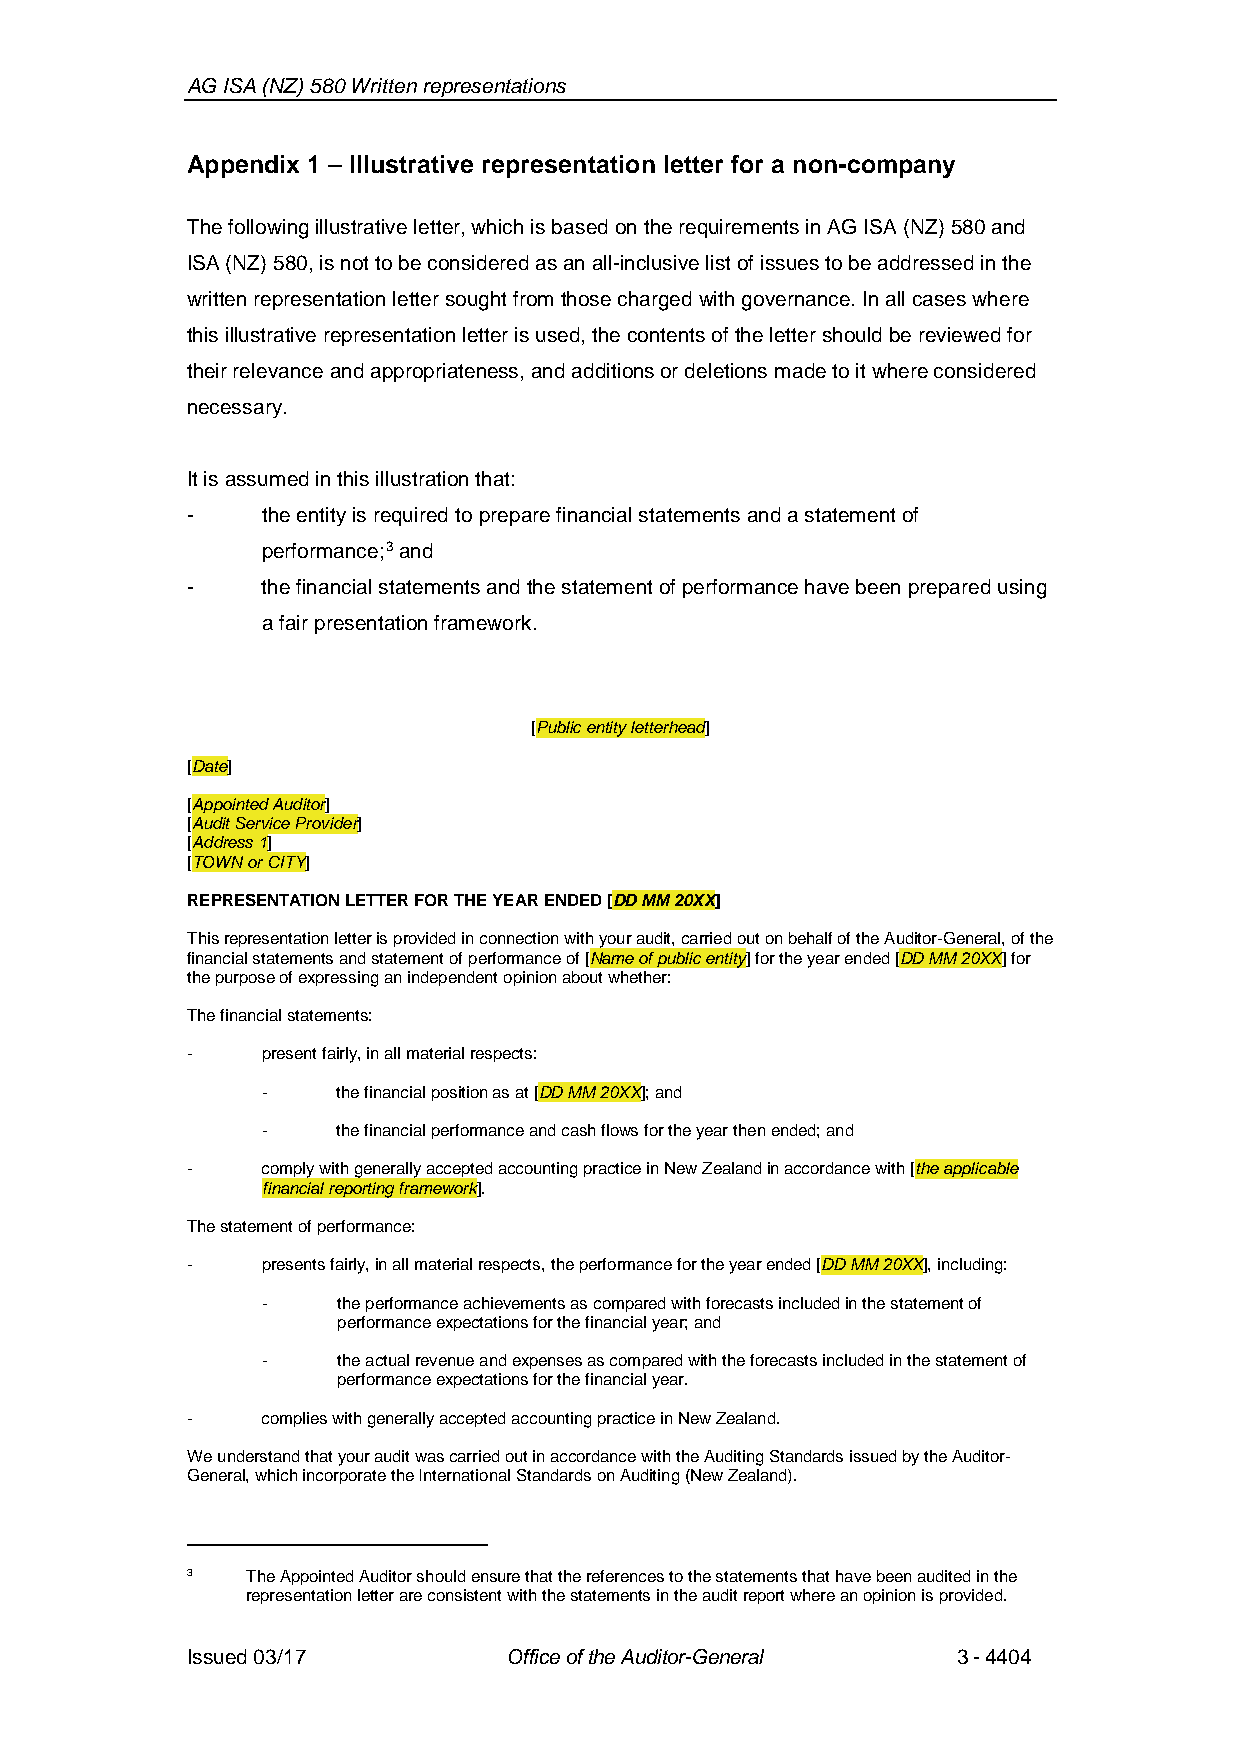
AG ISA (NZ) 580 Written representations
 Appendix 1 – Illustrative representation letter for a non-company
 The following illustrative letter, which is based on the requirements in AG ISA (NZ) 580 and
 ISA (NZ) 580, is not to be considered as an all-inclusive list of issues tobe addressed in the
 written representation letter sought from those charged with governance. In all cases where
 this illustrative representation letter is used, the contents of the letter should be reviewed for
 their relevance and appropriateness, and additions or deletions made to it where considered
 necessary.
 It is assumed in this illustration that:
 -    the entity is required to prepare financial statements and a statement of
 performance;3and
 -    the financial statements and the statement ofperformancehave been prepared using
 a fair presentation framework.
 [Public entity letterhead]
 [Date]
 [Appointed Auditor]
 [Audit Service Provider]
 [Address 1]
 [TOWN or CITY]
 REPRESENTATION LETTER FOR THE YEAR ENDED [DD MM 20XX]
 This representation letter is provided in connection with your audit, carried out on behalf of the Auditor-General, of the
 financial statements and statement of performance of [Name of public entity] for the year ended [DD MM 20XX] for
 the purpose of expressing an independent opinion about whether:
 The financial statements:
 -    present fairly, in all material respects:
 -    thefinancial position as at [DD MM 20XX]; and
 -    thefinancial performance and cash flows for the year then ended; and
 -    comply with generally accepted accounting practice in New Zealand in accordance with [the applicable
 financial reporting framework].
 The statement of performance:
 -    presents fairly, in all material respects, the performance for the year ended [DD MM 20XX], including:
 -    theperformance achievements as compared with forecasts included in the statement of
 performance expectations for the financial year; and
 -    theactual revenue and expenses as compared with the forecasts included in the statement of
 performance expectations for the financial year.
 -    complies with generally accepted accounting practice in New Zealand.
 We understand that yourauditwas carried outin accordance with the Auditing Standards issued by the Auditor-
 General, which incorporate the International Standards on Auditing (New Zealand).
 3   The AppointedAuditor should ensure that the references to the statements that have been audited in the
 representation letter are consistent with the statements in the audit report where an opinion is provided.
 Issued 03/17         Office of the Auditor-General 3-4404